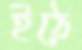
ইঠে